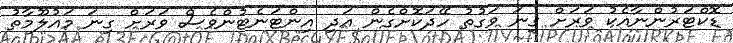
ޑޮކްޓަރުންނާއެކު ވަރަށް ގިނަ ވަގުތު ހޭދަކޮށްގެން އަދި އިންޓަނެޓުންވެސް ވަރަށް ގިނަ މައުލޫމާތު